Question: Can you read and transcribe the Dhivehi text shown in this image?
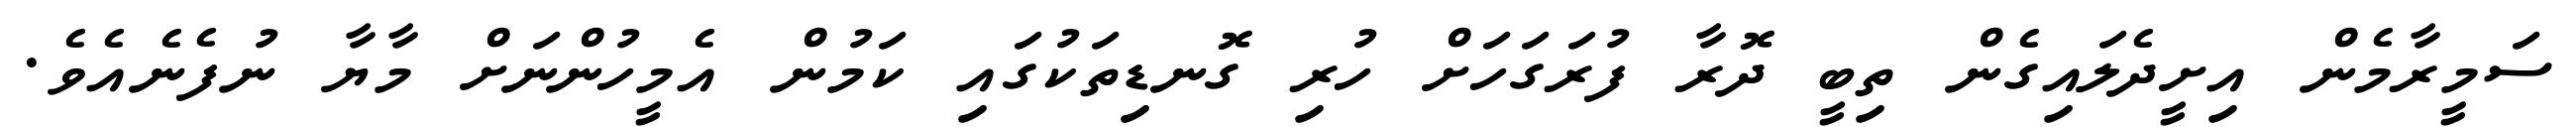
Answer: ސަމީރާމެން އިށީދެލައިގެން ތިބީ ދޮރާ ފުރަގަހަށް ހުރި ގޮނޑިތަކުގައި ކަމުން އެމީހުންނަށް މާޔާ ނުފެނެއެވެ.